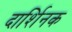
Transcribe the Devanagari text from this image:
दार्शिनक